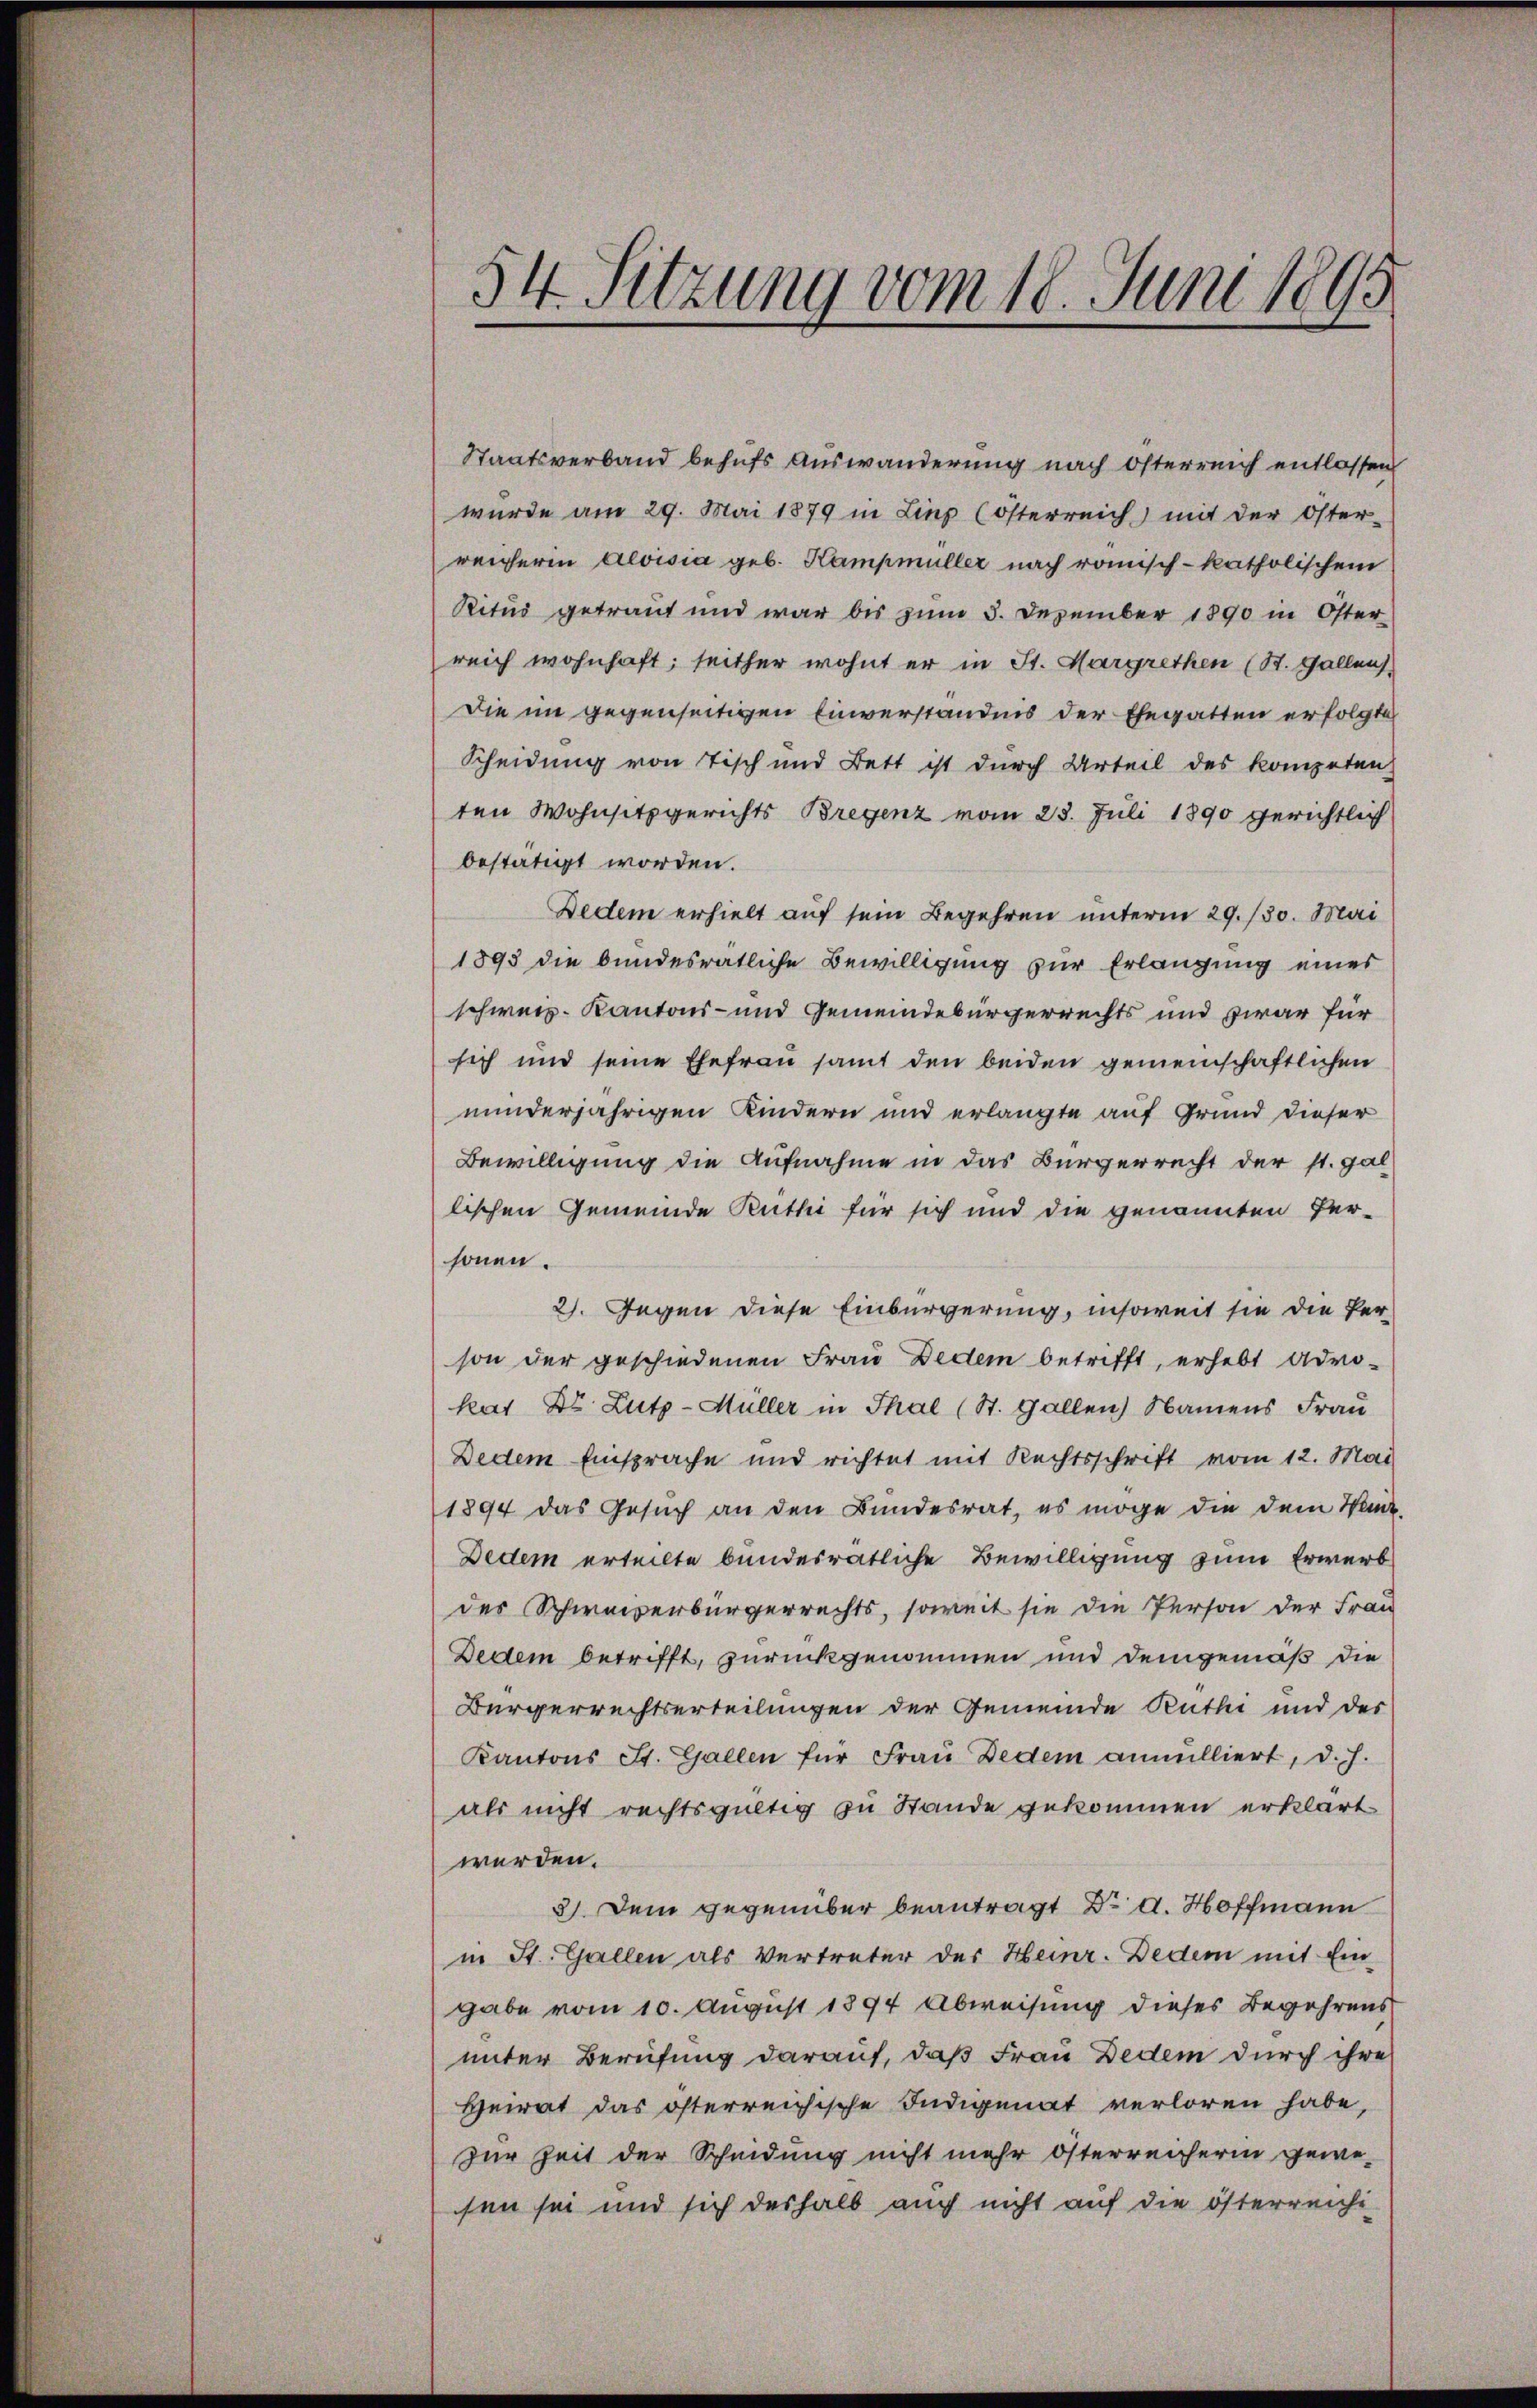
54. Sitzung vom 18. Juni 1895

Staatsverband behufs Auswanderung nach Österreich entlassen
wurde am 29. Mai 1879 in Ling (österreich) mit der Öster-
reicherin Aloisia geb. Kampmüller nach römisch-katholischem
Ritus getraut und war bis zum 3. Dezember 1890 in Öster-
reich wohnhaft; seither wohnt er in St. Margrethen (St. Gallen
Die im gegenseitigen Einverständnis der Ehegatten erfolgte
Scheidung von Tisch und Bett ist durch Urteil des kompeten
ten Wohnsitzgerichts Bregenz vom 23. Juli 1890 gerichtlich
bestätigt worden.
Dedem erhielt auf sein Begehren unterm 29./30. Mai
1893 die bundesrätliche Bewilligung zur Erlangung eines
schweiz. Kantons- und Gemeindebürgerrechts und zwar für
sich und seine Ehefrau samt den beiden gemeinschaftlichen
minderjährigen Kindern und erlangte auf Grund dieser
Bewilligung die Aufnahme in das Bürgerrecht der st. Gal
lischen Gemeinde Ruthi für sich und die genannten Per-
sonen.
2). Gegen diese Einbürgerung, insoweit sie die Per-
son der geschiedenen Frau Dedem betrifft, erhebt Advokat Dr. Lutz - Müller in Thal (St. Gallen Namens Frau
Dedem Einsprache und richtet mit Rechtsschrift vom 12. Mai
1894 das Gesuch an den Bundesrat, es möge die dem Winde
Dedem erteilte bundesrätliche Bewilligung zum Erwerb
des Schweizerbürgerrechts, soweit sie die Person der Frau
Dedem betrifft, zurückgenommen und demgemäß die
Bürgerrechtserteilungen der Gemeinde Ruthi und des
Kantons St. Gallen für Frau Dedem annulliert, d. J.
als nicht rechtsgültig zu Stande gekommen erklärt.
werden.
3). Dem gegenüber beantragt Dr. d. Hoffmann
in St. Gallen als Vertreter des Heinr. Dedem mit Eingabe vom 10. August 1894 Abweisung dieses Begehrens
unter Berufung darauf, daß Frau Dedem durch ihre
Heirat das österreichische Indigenat verloren habe,
zur Zeit der Scheidung nicht mehr österreicherin gewesen sei und sich deshalb auch nicht auf die österreichi-